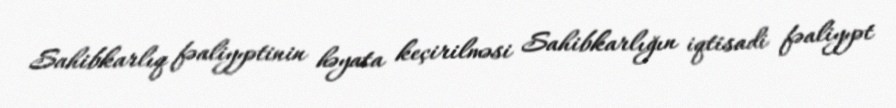
Sahibkarlıq fəaliyyətinin həyata keçirilməsi Sahibkarlığın iqtisadi fəaliyyət